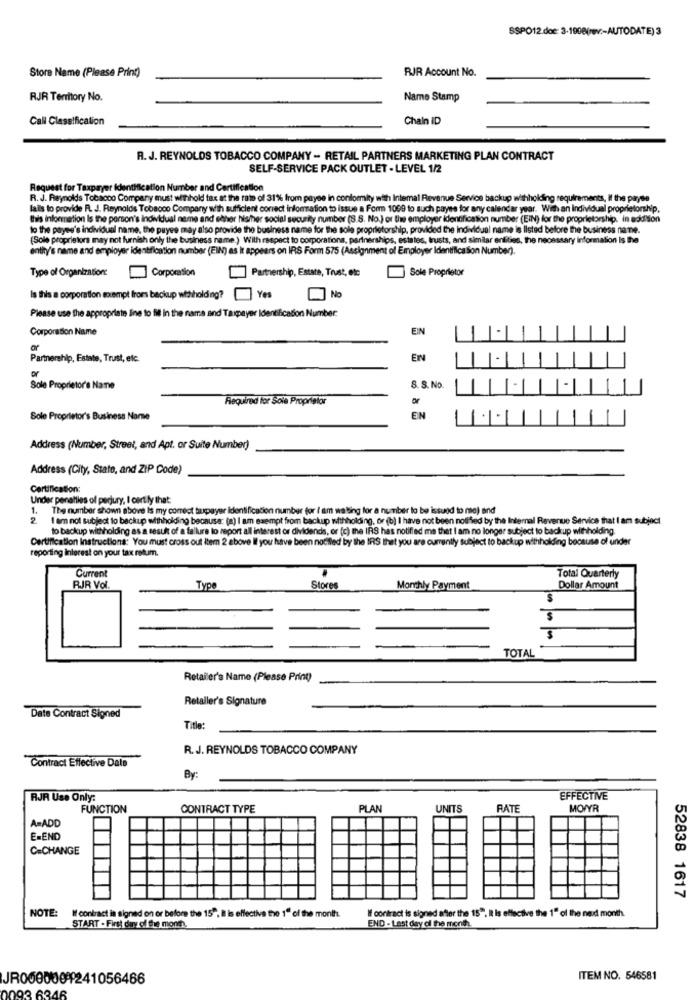
SSPO12 doc: 3-1908(rev ;- AUTODATE) 3
Store Name (Please Print)
RJR Account No.
RJR Territory No.
Name Stamp
Call Classification
Chain ID
R. J. REYNOLDS TOBACCO COMPANY - RETAIL PARTNERS MARKETING PLAN CONTRACT
SELF-SERVICE PACK OUTLET - LEVEL 1/2
Request for Taxpayer Identification Number and Certification
R. J. Reynolds Tobacco Company must withhold tax at the rate of 31% from payee in conformity with Internal Revenue Service backup withholding requirements, Il the payse
falls to provide R. J. Reynolds Tobacco Company with sufficient correct infomation to issue a Form 1099 to such payes for any calendar year. With an Individual proprietorship,
this information Is the person's individual neme and other his/her social security number (S.S. No.) or the employer identification number (EIN) for the proprietorship. in addition
to the payes's individual name, the payee may also provide the business name for the sole proprietorship, provided the Individual name is listed before the business name.
(Sole proprietors may not furnish only the business name.) With respect to corporations, partnerships, estates, trusts, and similar entities, the necessary information Is the
entity's name and employer identification number (EIN) as It appears on IRS Form 575 (Assignment of Employer Identification Number).
Type of Organization:
Corporation
Partnership, Estate, Trust, etc
Sole Proprietor
Is this a corporation exempt from backup witholding?
Yes
Please use the appropriate line to fit in the name and Taxpayer Identification Number:
Corporation Name
EN
or
Partnership, Estate, Trust, etc.
EN
or
Sole Proprietor's Name
S. S. No.
Required for Sole Proprietor
Sole Proprietor's Business Narse
EN
1
Address (Number, Street, and Apt. or Suite Number)
Address (City, State, and ZIP Code)
Certification:
Under penalties of perjury, I cart.ly that:
1. The number shown above Is my correct tupayer identification number for I am waiting for a number to be issued to me) and
2
I am not subject to backup withholding because: (a) I am exempt from backup withholding, or (b) I have not been notified by the Internal Revenue Service that I am subject
to backup withholding as a result of a failure to report all interest or dividends, or (c) the IRS has notified me that I am no longer subject to backup withholding.
Certification Instructions: You must cross out item 2 above If you have been notifled by the IRS that you are currently subject to backup withholding because of under
reporting interest on your tax ratum.
Current
Total Quarterly
RJR Vol.
Type
Stores
Monthly Payment
Dollar Amount
TOTAL
Retailer's Name (Please Print)
Retaller's Signature
Date Contract Signed
Title:
R. J. REYNOLDS TOBACCO COMPANY
Contract Effective Date
By:
RJR Use Only:
EFFECTIVE
FUNCTION
CONTRACT TYPE
PLAN
UNITS
RATE
MOVYR
A=ADD
E-END
C=CHANGE
52838 1617
NOTE: I' contract is signed on or before the 15", Il is effective the 1" of the month.
If contract is signed after the 15". It Is effective the 1" ol the next month.
START - First day of the month.
END - Lest day of the month.
JR0000000241056466
ITEM NO. 546581
3 6346